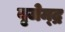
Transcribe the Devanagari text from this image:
बृजेम्द्र